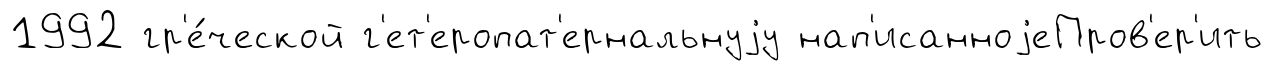
1992 гр'е́ческой г'ет'еропат'ернальнуjу нап'исанноjеПров'ер'ить